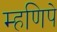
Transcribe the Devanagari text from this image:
म्हणिपे